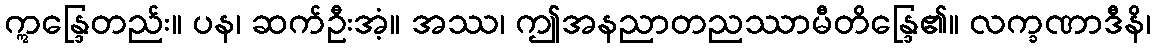
ဣန္ဒြေတည်း။ ပန၊ ဆက်ဦးအံ့။ အဿ၊ ဤအနညာတညဿာမီတိန္ဒြေ၏။ လက္ခဏာဒီနိ၊